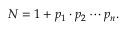
N = 1 + p _ { 1 } \cdot p _ { 2 } \cdots p _ { n } .